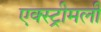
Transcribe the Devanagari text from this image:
एक्स्ट्रीमली